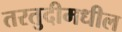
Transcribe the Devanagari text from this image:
तरतुदीमधील